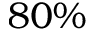
8 0 \%